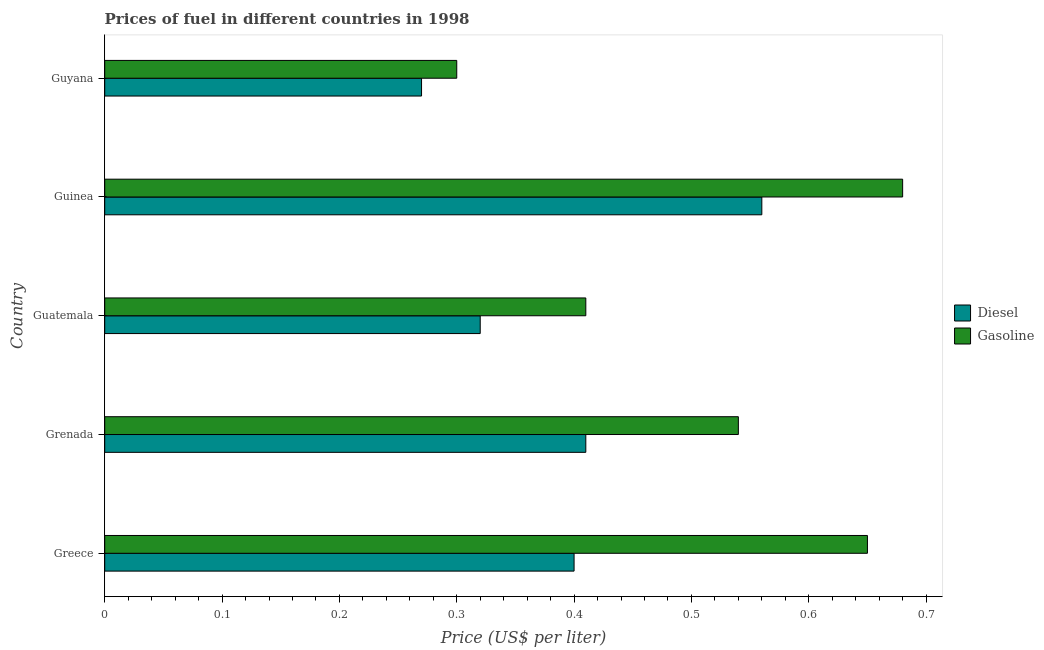
| Country | Diesel | Gasoline |
 | --- | --- | --- |
 | Greece | 0.4 | 0.65 |
 | Grenada | 0.41 | 0.54 |
 | Guatemala | 0.32 | 0.41 |
 | Guinea | 0.56 | 0.68 |
 | Guyana | 0.27 | 0.3 |